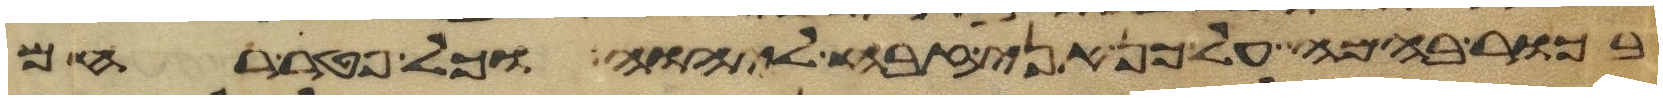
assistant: בכור בהמה על כן אני זבח ליהוה כל פטר רחם